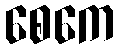
စေကေ